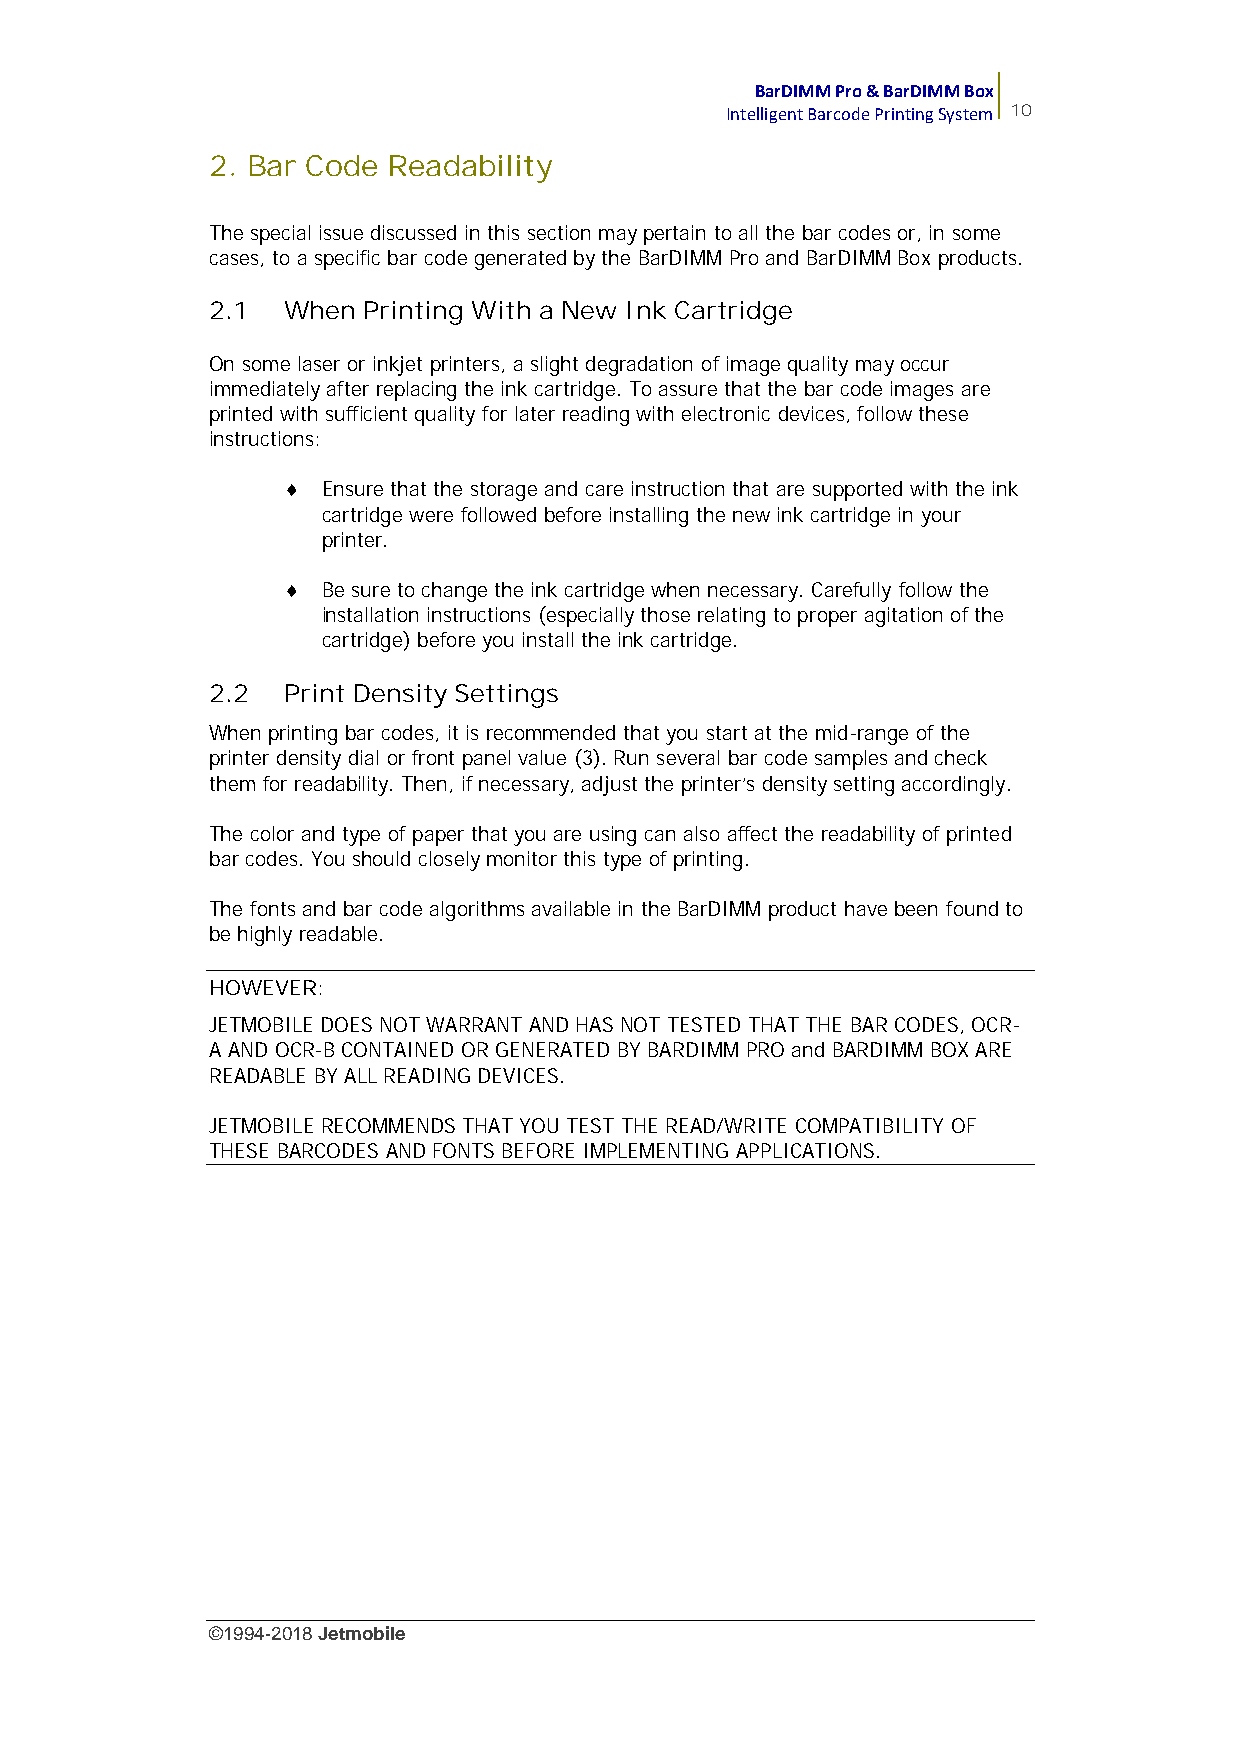
BarDIMM Pro & BarDIMM Box
 Intelligent Barcode Printing System 10
 2. Bar Code Readability
 The special issue discussed in this section may pertain to all the bar codes or, in some
 cases, to a specific bar code generated by the BarDIMM Pro and BarDIMM Box products.
 2.1  When Printing With a New Ink Cartridge
 On some laser or inkjet printers, a slight degradation of image quality may occur
 immediately after replacing the ink cartridge. To assure that the bar code images are
 printed with sufficient quality for later reading with electronic devices, follow these
 instructions:
  Ensure that the storage and care instruction that are supported with the ink
 cartridge were followed before installing the new ink cartridge in your
 printer.
  Be sure to change the ink cartridge when necessary. Carefully follow the
 installation instructions (especially those relating to proper agitation of the
 cartridge) before you install the ink cartridge.
 2.2  Print Density Settings
 When printing bar codes, it is recommended that you start at the mid-range of the
 printer density dial or front panel value (3). Run several bar code samples and check
 them for readability. Then, if necessary, adjust the printer’s density setting accordingly.
 The color and type of paper that you are using can also affect the readability of printed
 bar codes. You should closely monitor this type of printing.
 The fonts and bar code algorithms available in the BarDIMM product have been found to
 be highly readable.
 HOWEVER:
 JETMOBILE DOES NOT WARRANT AND HAS NOT TESTED THAT THE BAR CODES, OCR-
 A AND OCR-B CONTAINED OR GENERATED BY BARDIMM PRO and BARDIMM BOX ARE
 READABLE BY ALL READING DEVICES.
 JETMOBILE RECOMMENDS THAT YOU TEST THE READ/WRITE COMPATIBILITY OF
 THESE BARCODES AND FONTS BEFORE IMPLEMENTING APPLICATIONS.
 ©1994-2018Jetmobile
 E
 r
 r
 o